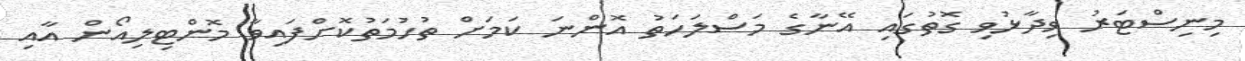
މިނިސްޓަރު ވިދާޅުވި ގޮތުގައި އޭނާގެ މަސްލަހަތު އޮންނަ ކަމަށް ތުހުމަތުކޮށްފައިވާ މޮންޓިލިއޯން އާއި